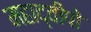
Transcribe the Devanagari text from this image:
महाद्वीपो